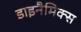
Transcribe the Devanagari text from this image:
डाइनैमिक्स